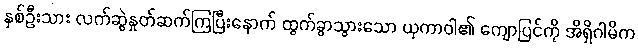
နှစ်ဦးသား လက်ဆွဲနှုတ်ဆက်ကြပြီးနောက် ထွက်ခွာသွားသော ယုကာဝါ၏ ကျောပြင်ကို အိရှိဂါမိက